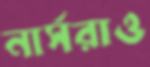
নার্সরাও